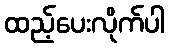
ထည့်ပေးလိုက်ပါ